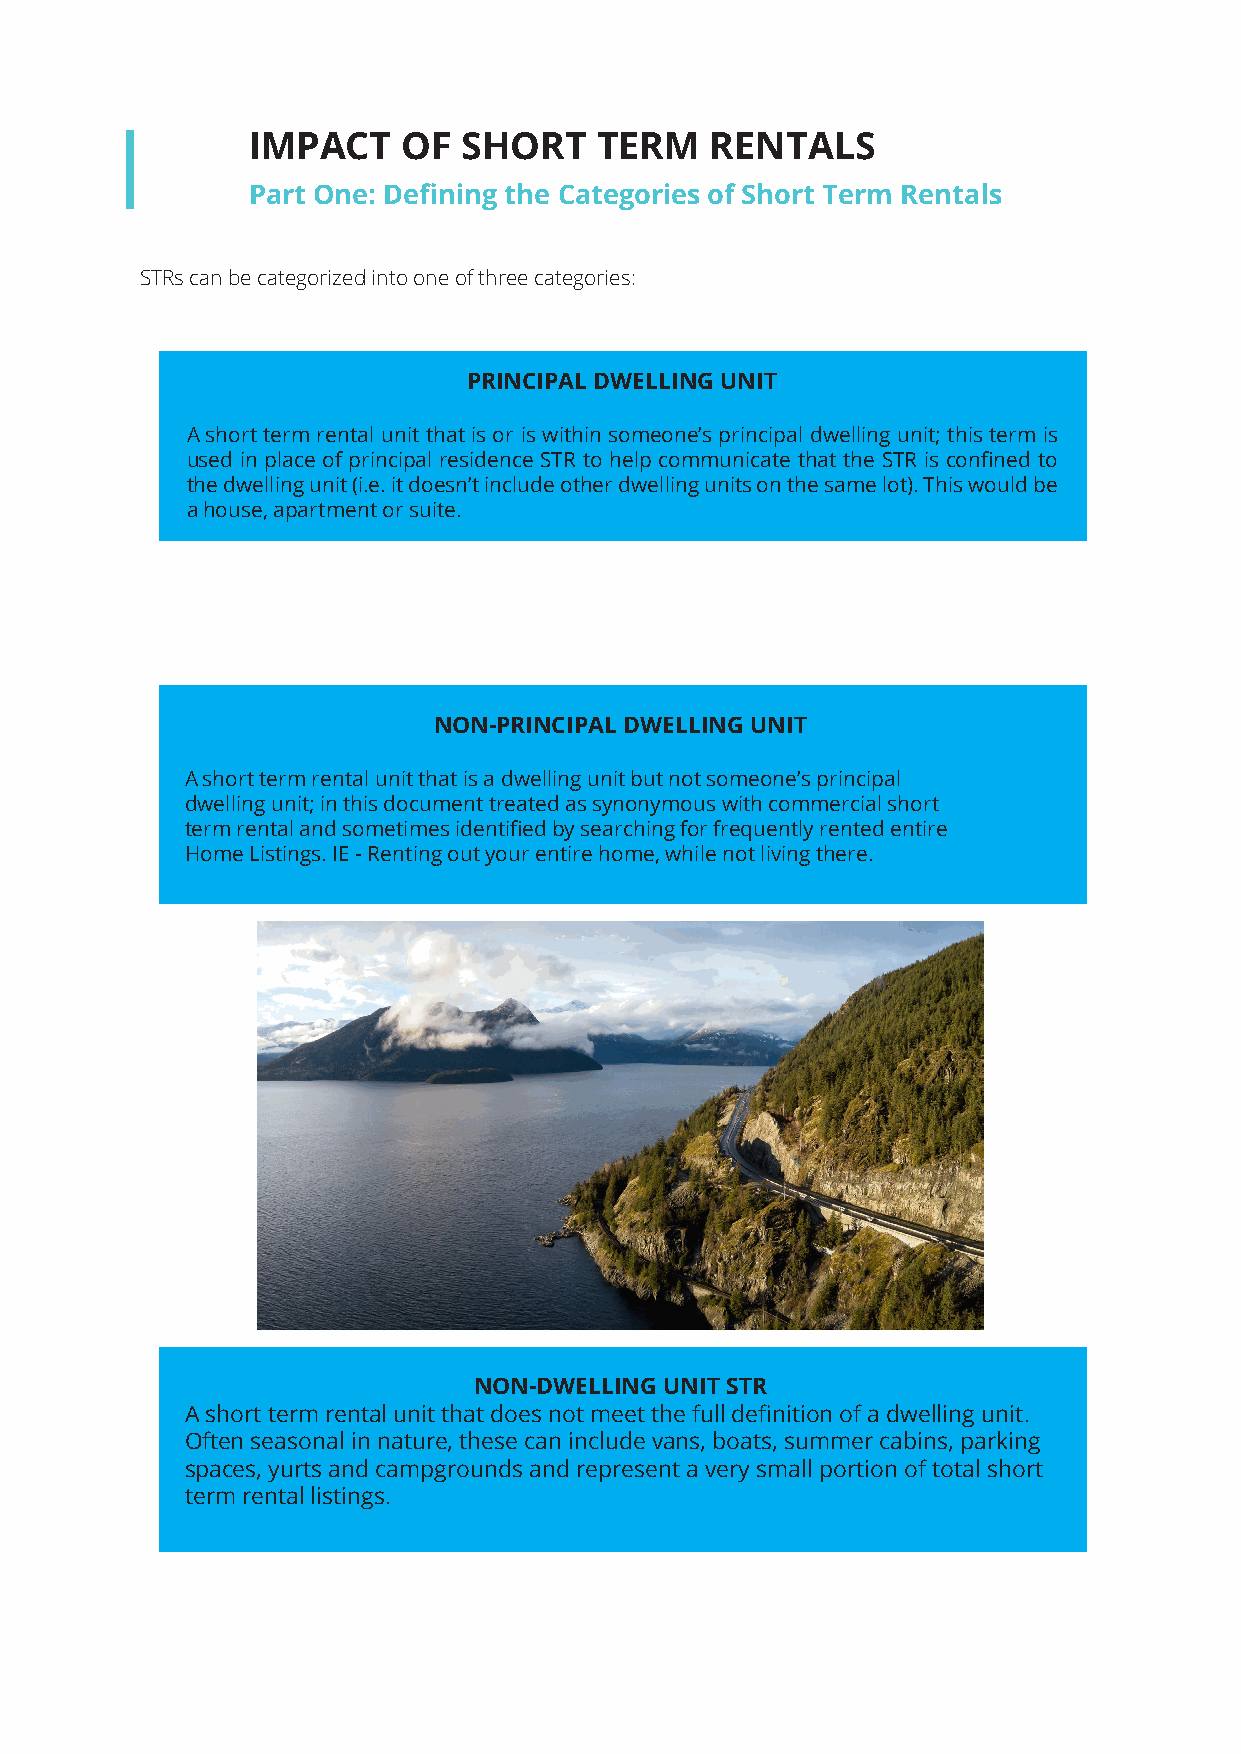
IMPACT     OF  SHORT    TERM   RENTALS
 Part One: Defining the Categories of Short Term Rentals
 STRs can be categorized into one of three categories:
 PRINCIPAL DWELLING UNIT
 A short term rental unit that is or is within someone’s principal dwelling unit; this term is
 used in place of principal residence STR to help communicate that the STR is confined to
 the dwelling unit (i.e. it doesn’t include other dwelling units on the same lot). This would be
 a house, apartment or suite.
 NON-PRINCIPAL DWELLING UNIT
 A short term rental unit that is a dwelling unit but not someone’s principal
 dwelling unit; in this document treated as synonymous with commercial short
 term rental and sometimes identified by searching for frequently rented entire
 Home Listings. IE - Renting out your entire home, while not living there.
 NON-DWELLING UNIT STR
 A short term rental unit that does not meet the full definition of a dwelling unit.
 Often seasonal in nature, these can include vans, boats, summer cabins, parking
 spaces, yurts and campgrounds and represent a very small portion of total short
 term rental listings.
 Web design & development for Company Name 6